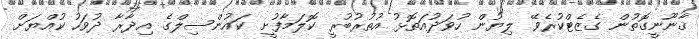
ޤާނޫނީގޮތުން ގެޒެޓްކުރެވޭ ލިޔުން ހުވަދުއަތޮޅު އުތުރުބުރީ ކޮލަމާފުށީ ކައުންސިލްގެ އިދާރާ ދުވަހު ކުއްޔަށް